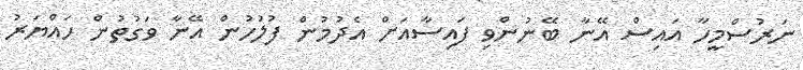
ނަރުސްމީހާ އައިސް އޭނާ ބޭނުންވި ފައިސާއަށް އެދުމުން ފުލުހުން އޭނާ ވަގުތުން ހައްޔަރު